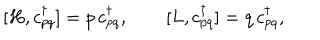
LaTeX: [ H , c _ { p q } ^ { \dagger } ] = p \, c _ { p q } ^ { \dagger } , \qquad [ L , c _ { p q } ^ { \dagger } ] = q \, c _ { p q } ^ { \dagger } ,